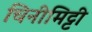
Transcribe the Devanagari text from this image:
चिनीमिट्टी